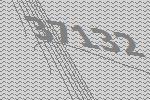
37132